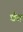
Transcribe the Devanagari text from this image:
चेव